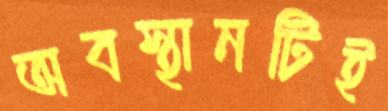
অবস্থানটিই